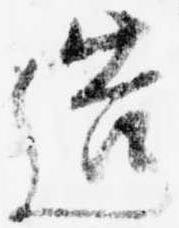
造